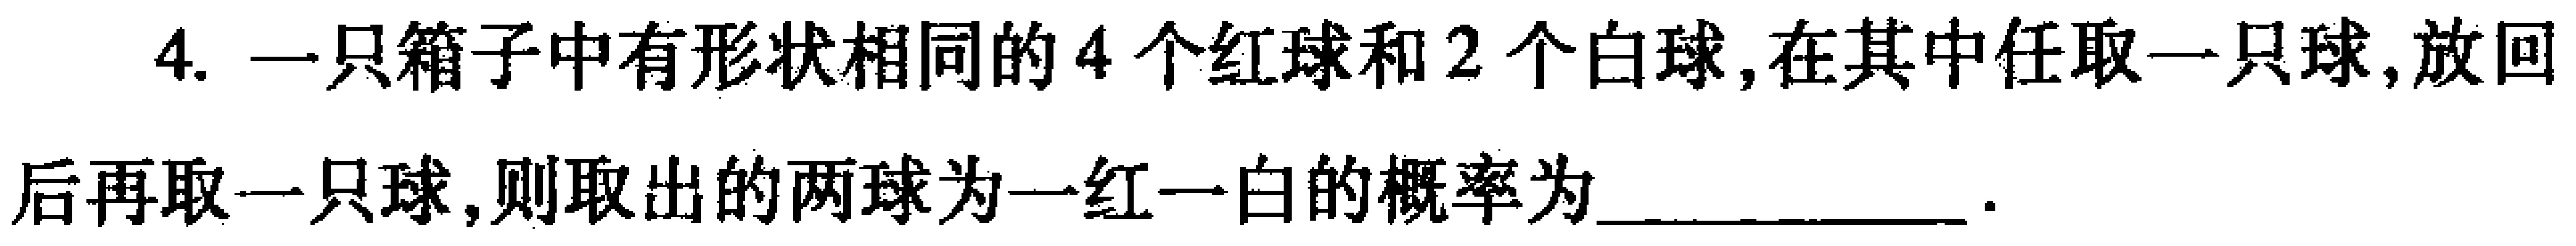
4. 一只箱子中有形状相同的 \(4\) 个红球和 \(2\) 个白球，在其中任取一只球，放回后再取一只球，则取出的两球为一红一白的概率为  。